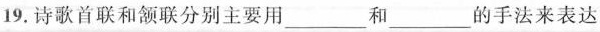
19.诗歌首联和颔联分别主要用\underline和\underline的手法来表达